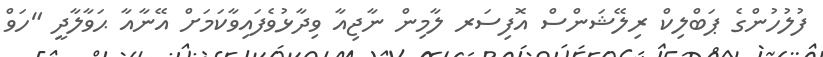
ފުލުހުންގެ ޕަބްލިކް ރިލޭޝަންސް އޮފިސަރ ލާމިން ނާޖިއާ ވިދާޅުވެފައިވާކަމަށް އޭނާއާ ޙަވާލާދީ "ހަވް